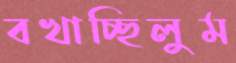
বখাচ্ছিলুম